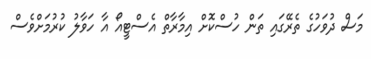
މަސް ދުވަހުގެ ތެރޭގައި ތަން ހުސްކޮށް އިމާރާތް އެސްޓީއޯ އާ ހަވާލު ކުރުމަށްވެސް